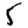
Digit: 5